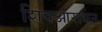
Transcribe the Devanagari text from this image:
शिवआराधन